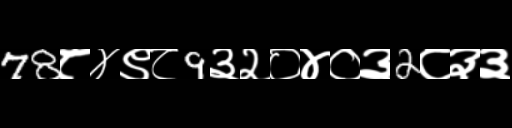
Text: 78८४९८9३२०४०३2८३३